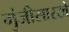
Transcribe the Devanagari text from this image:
गुंजीसारखे